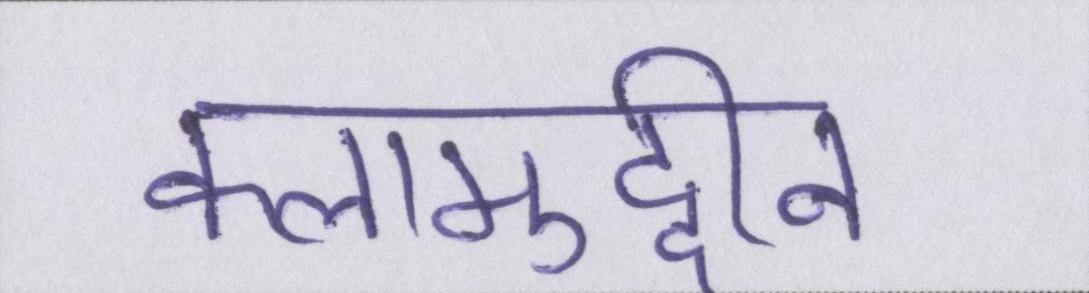
कलामुद्दीन